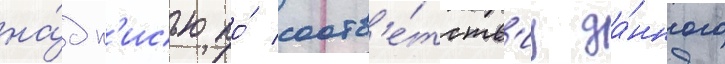
на́дп'исью по́ соотв'е́тств'иу да́нного